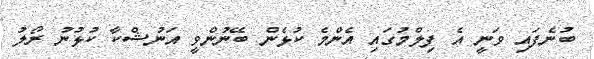
ބުނެފައި ވަނީ އެ ފިލްމުގައި އެންމެ ކުޅެން ބޭނުންވީ އަނުޝްކާ ކުޅުނު ރޯލު